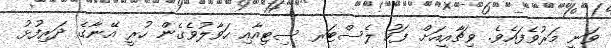
ވަނީ މަރުވެފައެވެ. ވިޗާއީއަށް ފަހު ލެސްޓަރ ސިޓިއާއި ހަވާލުވެގެން ހުރީ އޭނާގެ ދަރިފުޅު